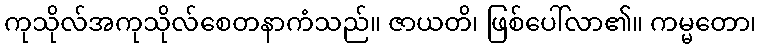
ကုသိုလ်အကုသိုလ်စေတနာကံသည်။ ဇာယတိ၊ ဖြစ်ပေါ်လာ၏။ ကမ္မတော၊